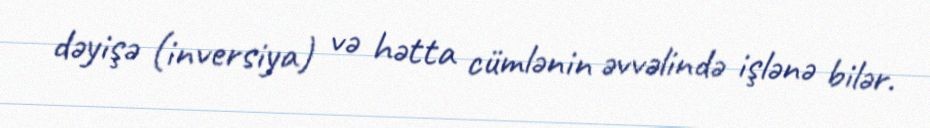
dəyişə (inversiya) və hətta cümlənin əvvəlində işlənə bilər.